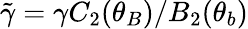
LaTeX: \tilde{\gamma}=\gamma C_{2}(\theta_{B})/B_{2}(\theta_{b})